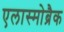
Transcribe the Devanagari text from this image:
एलास्मोब्रैक